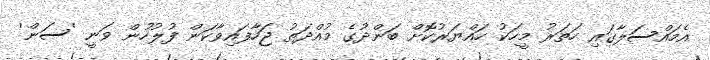
އެމައްސަލާގައި ހަތަރު މީހަކު ހައްޔަރުކޮށް ބަންދުގެ މުއްދަތު ޖަހާފައިވާކަން ފުލުހުން ވަނީ 'ސަން'